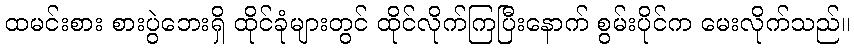
ထမင်းစား စားပွဲဘေးရှိ ထိုင်ခုံများတွင် ထိုင်လိုက်ကြပြီးနောက် စွမ်းပိုင်က မေးလိုက်သည်။